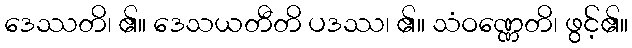
ဒေဿတိ၊ ၏။ ဒေသယတီတိ ပဒဿ၊ ၏။ သံဝဏ္ဏေတိ၊ ဖွင့်၏။